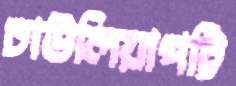
চাউলিয়াপট্টি